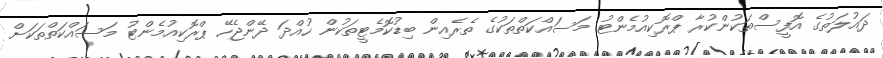
ދައުލަތުގެ އޮފީސްތަކުންކުރާ ޕްރޮކިއުމެންޓު މަސައްކަތްތަކުގެ ތެރެއިން ބިޑުކޮމެޓީތަކުން ހުއްދަ ދޭންޖެހޭ ޕްރޮކިއުމެންޓު މަސައްކަތްތަކަށް